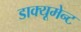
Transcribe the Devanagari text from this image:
डाक्यूमेन्ट